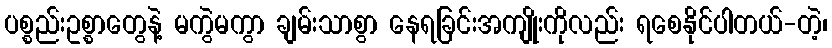
ပစ္စည်းဥစ္စာတွေနဲ့ မကွဲမကွာ ချမ်းသာစွာ နေရခြင်းအကျိုးကိုလည်း ရစေနိုင်ပါတယ်-တဲ့၊